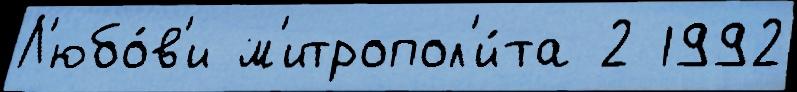
Л'юбо́в'и м'итропол'и́та 2 1992